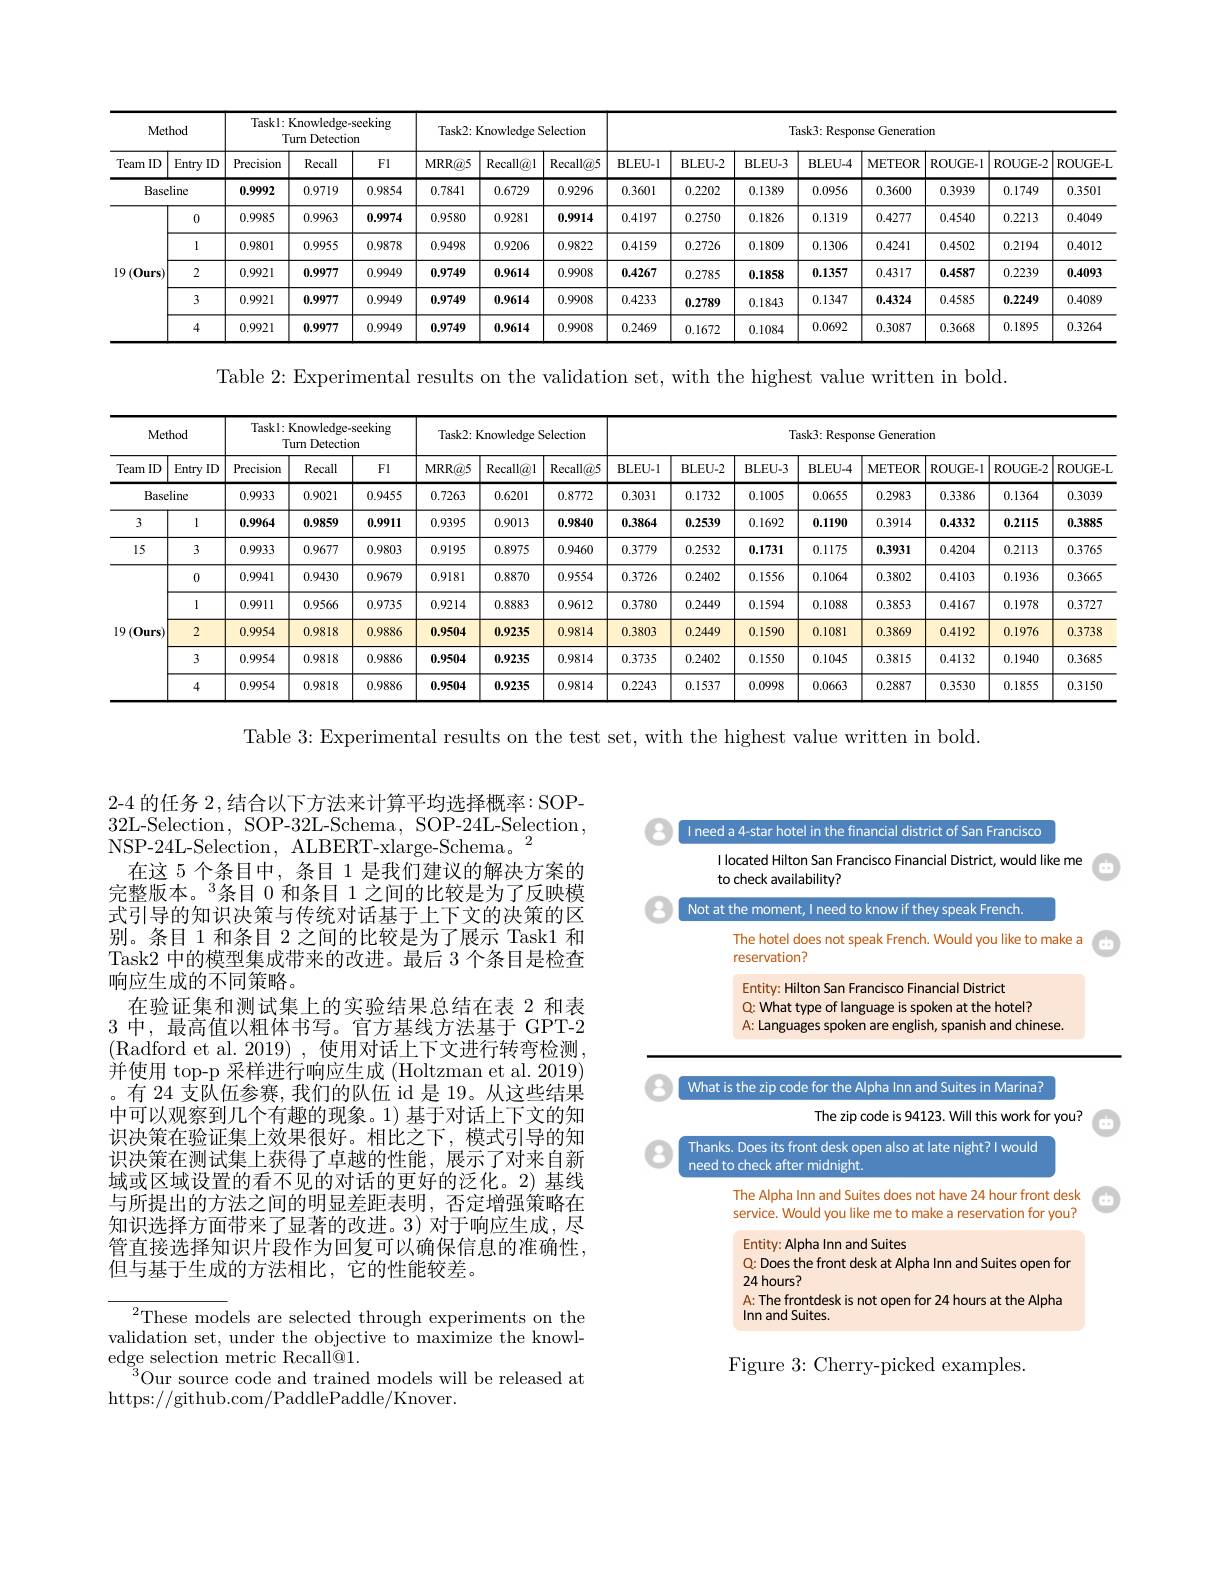
<table>
	<tbody>
		<tr>
			<th colspan="2">Method</th>
			<th colspan="3">Taskl: Knowledge-seeking Turn Detection</th>
			<th colspan="2">Task2: Knowledge Selection</th>
			<th colspan="8">Task3: Response Generation</th>
		</tr>
		<tr>
			<th>Team ID</th>
			<th>Entry ID</th>
			<th>Precision</th>
			<th>Recall</th>
			<th>Fl</th>
			<th>$1RR@5$</th>
			<th>Recall@ 5</th>
			<th>BLEU-1</th>
			<th>BLEU- 2</th>
			<th>BLEU- 3</th>
			<th>BLEU-4</th>
			<th>METEOR</th>
			<th>ROUGE- I</th>
			<th>ROUGE- 2</th>
			<th>ROUGE- L</th>
		</tr>
		<tr>
			<td>Base</td>
			<td>line</td>
			<td>0.9992</td>
			<td>0.9719</td>
			<td>0.9854</td>
			<td>0.7841</td>
			<td>0.9296</td>
			<td>0.3601</td>
			<td>0.2202</td>
			<td>0.1389</td>
			<td>0.0956</td>
			<td>0.3600</td>
			<td>0.3939</td>
			<td>0.1749</td>
			<td>0.3501</td>
		</tr>
		<tr>
			<td rowspan="5">$19\left(0\mathrm{urs}\right)$</td>
			<td>0</td>
			<td>0.9985</td>
			<td>0.9963</td>
			<td>0.9974</td>
			<td>0.9580</td>
			<td>0.9914</td>
			<td>0.4197</td>
			<td>0.2750</td>
			<td>0.1826</td>
			<td>0.1319</td>
			<td>0.4277</td>
			<td>0.4540</td>
			<td>0.2213</td>
			<td>0.4049</td>
		</tr>
		<tr>
			<td>1</td>
			<td>0.9801</td>
			<td>0.9955</td>
			<td>0.9878</td>
			<td>0.9498</td>
			<td>0.9822</td>
			<td>0.4159</td>
			<td>0.2726</td>
			<td>0.1809</td>
			<td>0.1306</td>
			<td>0.4241</td>
			<td>0.4502</td>
			<td>0.2194</td>
			<td>0.4012</td>
		</tr>
		<tr>
			<td>2</td>
			<td>0.9921</td>
			<td>0.9977</td>
			<td>0.9949</td>
			<td>0.9749</td>
			<td>0.9908</td>
			<td>0.4267</td>
			<td>0.2785</td>
			<td>0.1858</td>
			<td>0.1357</td>
			<td>0.4317</td>
			<td>0.4587</td>
			<td>0.2239</td>
			<td>0.4093</td>
		</tr>
		<tr>
			<td>3</td>
			<td>0.9921</td>
			<td>0.9977</td>
			<td>0.9949</td>
			<td>0.9749</td>
			<td>0.9908</td>
			<td>0.4233</td>
			<td>0.2789</td>
			<td>0.1843</td>
			<td>0.1347</td>
			<td>0.4324</td>
			<td>0.4585</td>
			<td>0.2249</td>
			<td>0.4089</td>
		</tr>
		<tr>
			<td>4</td>
			<td>0.9921</td>
			<td>0.9977</td>
			<td>0.9949</td>
			<td>0.9749</td>
			<td>0.9908</td>
			<td>0.2469</td>
			<td>0.1672</td>
			<td>1084</td>
			<td>0.0692</td>
			<td>0.3087</td>
			<td>0.3668</td>
			<td>0.1895</td>
			<td>0.3264</td>
		</tr>
	</tbody>
</table>

Table 2: Experimental results on the validation set, with the highest value written in bold.

<table>
	<tbody>
		<tr>
			<th colspan="2">Method</th>
			<th colspan="3">Taskl: Knowledge-seeking Turn Detection</th>
			<th colspan="3">Task2: Knowledge Selection</th>
			<th colspan="8">Task3: Response Generation</th>
		</tr>
		<tr>
			<th>Team ID</th>
			<th>Entry ID</th>
			<th>Precision</th>
			<th>Recall</th>
			<th>Fl</th>
			<th>MRR@5</th>
			<th>Recall@l</th>
			<th>Recall@5</th>
			<th>BLEU-1</th>
			<th>BLEU- 2</th>
			<th>BLEU- 3</th>
			<th>BLEU- 4</th>
			<th>METEOR</th>
			<th>ROUGE-I</th>
			<th>ROUGE-2</th>
			<th>ROUGE-L</th>
		</tr>
		<tr>
			<td>Base</td>
			<td>line</td>
			<td>0.9933</td>
			<td>0.9021</td>
			<td>0.9455</td>
			<td>0.7263</td>
			<td>0.6201</td>
			<td>0.8772</td>
			<td>0.3031</td>
			<td>0.1732</td>
			<td>0.1005</td>
			<td>0.0655</td>
			<td>0.2983</td>
			<td>0.3386</td>
			<td>0.1364</td>
			<td>0.3039</td>
		</tr>
		<tr>
			<td>3</td>
			<td>1</td>
			<td>0.9964</td>
			<td>0.9859</td>
			<td>0.9911</td>
			<td>0.9395</td>
			<td>0.9013</td>
			<td>0.9840</td>
			<td>0.3864</td>
			<td>0.2539</td>
			<td>0.1692</td>
			<td>0.1190</td>
			<td>0.3914</td>
			<td>0.4332</td>
			<td>0.2115</td>
			<td>0.3885</td>
		</tr>
		<tr>
			<td>15</td>
			<td>3</td>
			<td>0.9933</td>
			<td>0.9677</td>
			<td>0.9803</td>
			<td>0.9195</td>
			<td>0.8975</td>
			<td>0.9460</td>
			<td>0.3779</td>
			<td>0.2532</td>
			<td>0.1731</td>
			<td>0.1175</td>
			<td>0.3931</td>
			<td>0.4204</td>
			<td>0.2113</td>
			<td>0.3765</td>
		</tr>
		<tr>
			<td rowspan="5">$19\left(0\mathrm{urs}\right)$</td>
			<td>0</td>
			<td>0.9941</td>
			<td>0.9430</td>
			<td>0.9679</td>
			<td>0.9181</td>
			<td>0.8870</td>
			<td>0.9554</td>
			<td>0.3726</td>
			<td>0.2402</td>
			<td>0.1556</td>
			<td>0.1064</td>
			<td>0.3802</td>
			<td>0.4103</td>
			<td>0.1936</td>
			<td>0.3665</td>
		</tr>
		<tr>
			<td>1</td>
			<td>0.9911</td>
			<td>0.9566</td>
			<td>0.9735</td>
			<td>0.9214</td>
			<td>0.8883</td>
			<td>0.9612</td>
			<td>0.3780</td>
			<td>0.2449</td>
			<td>0.1594</td>
			<td>0.1088</td>
			<td>0.3853</td>
			<td>0.4167</td>
			<td>0.1978</td>
			<td>0.3727</td>
		</tr>
		<tr>
			<td>2</td>
			<td>0.9954</td>
			<td>0.9818</td>
			<td>0.9886</td>
			<td>0.9504</td>
			<td>0.9235</td>
			<td>0.9814</td>
			<td>0.3803</td>
			<td>0.2449</td>
			<td>0.1590</td>
			<td>0.1081</td>
			<td>0.3869</td>
			<td>0.4192</td>
			<td>0.1976</td>
			<td>0.3738</td>
		</tr>
		<tr>
			<td>3</td>
			<td>0.9954</td>
			<td>0.9818</td>
			<td>0.9886</td>
			<td>0.9504</td>
			<td>0.9235</td>
			<td>0.9814</td>
			<td>0.3735</td>
			<td>0.2402</td>
			<td>0.1550</td>
			<td>0.1045</td>
			<td>0.3815</td>
			<td>0.4132</td>
			<td>0.1940</td>
			<td>0.3685</td>
		</tr>
		<tr>
			<td>4</td>
			<td>0.9954</td>
			<td>0.9818</td>
			<td>0.9886</td>
			<td>0.9504</td>
			<td>0.9235</td>
			<td>0.9814</td>
			<td>0.2243</td>
			<td>0.1537</td>
			<td>0.0998</td>
			<td>0.0663</td>
			<td>0.2887</td>
			<td>0.3530</td>
			<td>0.1855</td>
			<td>0.3150</td>
		</tr>
	</tbody>
</table>

Table 3: Experimental results on the test set, with the highest value written in bold.

2-4 的任务 2,结合以下方法来计算平均选择概率：SOP- 32L-Selection, SOP-32L-Schema, SOP-24L-Selection, NSP-24L-Selection, ALBERT-xlarge-Schema。$^{2}$
在这 5 个条目中，条目 1 是我们建议的解决方案的完整版本。$^{3}$条目 0 和条目 1 之间的比较是为了反映模式引导的知识决策与传统对话基于上下文的决策的区别。条目 1 和条目 2 之间的比较是为了展示 Task1 和Task2 中的模型集成带来的改进。最后 3 个条目是检查响应生成的不同策略。
在验证集和测试集上的实验结果总结在表 2 和表3 中，最高值以粗体书写。官方基线方法基于 GPT-2 (Radford et al. 2019),使用对话上下文进行转弯检测， 并使用 top-p 采样进行响应生成 (Holtzman et al. 2019) 。有 24 支队伍参赛，我们的队伍 id 是 19。从这些结果中可以观察到几个有趣的现象。1) 基于对话上下文的知识决策在验证集上效果很好。相比之下，模式引导的知识决策在测试集上获得了卓越的性能，展示了对来自新域或区域设置的看不见的对话的更好的泛化。2) 基线与所提出的方法之间的明显差距表明，否定增强策略在知识选择方面带来了显著的改进。3) 对于响应生成，尽管直接选择知识片段作为回复可以确保信息的准确性， 但与基于生成的方法相比，它的性能较差。

${}^{2}{\mathrm{These~models~are~selected~through~experiments~on~the}}$ validation set, under the objective to maximize the knowledge selection metric Recall@1.
$^{3}$Our source code and trained models will be released at
https://github.com/PaddlePaddle/Knover.

<table>
	<tbody>
		<tr>
			<td>I located Hilton San Francisco Financial District, would like me to check availability?</td>
			<td> </td>
		</tr>
		<tr>
			<td>Not at the moment, I need to know if they speak French.</td>
			<td> </td>
		</tr>
		<tr>
			<td>The hotel does not speak French. Would you like to make a reservation?</td>
			<td></td>
		</tr>
		<tr>
			<td>Entity: Hilton San Francisco Financial District Q: What type of language is spoken at the hotel? A: Languages spoken are english, spanish and chinese.</td>
			<td> </td>
		</tr>
		<tr>
			<td>What is the zip code for the Alpha Inn and Suites in Marina?</td>
			<td> </td>
		</tr>
		<tr>
			<td>The zip code is 94123. Will this work for you?</td>
			<td> </td>
		</tr>
		<tr>
			<td>Thanks. Does its front desk open also at late night? I would need to check after midnight.</td>
			<td> </td>
		</tr>
		<tr>
			<td>The Alpha Inn and Suites does not have 24 hour front desk service. Would you like me to make a reservation for you?</td>
			<td> </td>
		</tr>
		<tr>
			<td>Q: Does the front desk at Alpha Inn and Suites open for $2A$</td>
			<td> </td>
		</tr>
		<tr>
			<td>A: The frontdesk is not open for 24 hours at the Alpha Inn and Suites.</td>
			<td> </td>
		</tr>
	</tbody>
</table>

Figure 3{:}Cherry-picked examples.